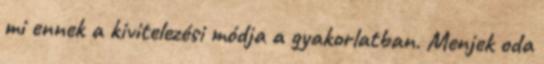
mi ennek a kivitelezési módja a gyakorlatban. Menjek oda